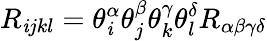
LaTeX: R_{\mathit{i}jkl}=\theta_{\mathit{i}}^{\alpha}\theta_{j}^{\beta}\theta_{k}^{\gamma}\theta_{l}^{\delta}R_{\alpha\beta\gamma\delta}